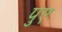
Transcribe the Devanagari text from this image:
पुए